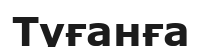
Туғанға